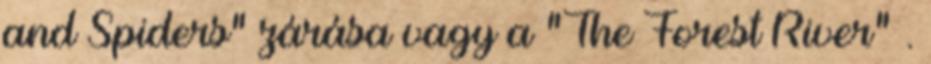
and Spiders" zárása vagy a "The Forest River" .